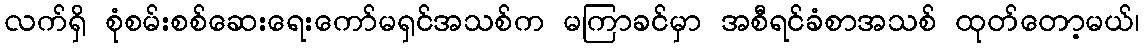
လက်ရှိ စုံစမ်းစစ်ဆေးရေးကော်မရှင်အသစ်က မကြာခင်မှာ အစီရင်ခံစာအသစ် ထုတ်တော့မယ်၊